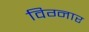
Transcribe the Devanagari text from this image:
विग्नार